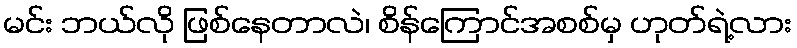
မင်း ဘယ်လို ဖြစ်နေတာလဲ၊ စိန်ကြောင်အစစ်မှ ဟုတ်ရဲ့လား